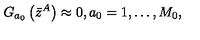
G _ { a _ { 0 } } \left( \bar { z } ^ { A } \right) \approx 0 , a _ { 0 } = 1 , \ldots , M _ { 0 } ,